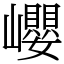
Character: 巊